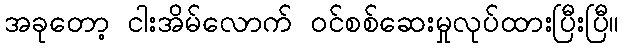
အခုတော့ ငါးအိမ်လောက် ဝင်စစ်ဆေးမှုလုပ်ထားပြီးပြီ။